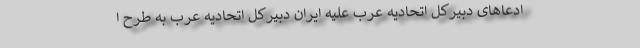
ادعاهای دبیرکل اتحادیه عرب علیه ایران دبیرکل اتحادیه عرب به طرح ا